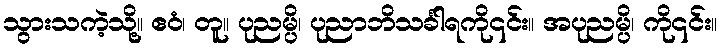
သွားသကဲ့သို့။ ဧဝံ၊ တူ။ ပုညမ္ပိ၊ ပုညာဘိသင်္ခါရကို၎င်း။ အပုညမ္ပိ၊ ကို၎င်း။